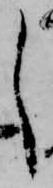
し